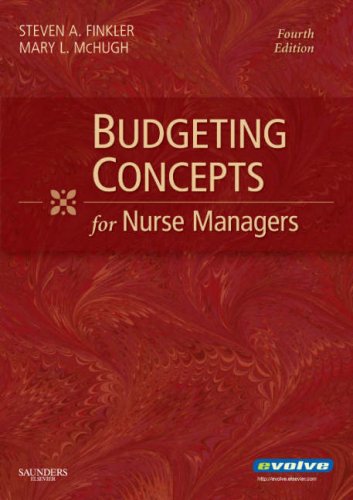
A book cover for Budgeting Concepts for Nurse Managers, 4e; Steven A. Finkler PhD  CPA; Medical Books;